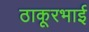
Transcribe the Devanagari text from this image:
ठाकूरभाई